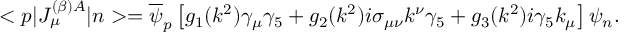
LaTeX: < p | J _ { \mu } ^ { ( \beta ) A } | n > = \overline { { \psi } } _ { p } \left[ g _ { 1 } ( k ^ { 2 } ) \gamma _ { \mu } \gamma _ { 5 } + g _ { 2 } ( k ^ { 2 } ) i \sigma _ { \mu \nu } k ^ { \nu } \gamma _ { 5 } + g _ { 3 } ( k ^ { 2 } ) i \gamma _ { 5 } k _ { \mu } \right] \psi _ { n } .